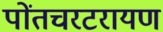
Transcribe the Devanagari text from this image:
पोंतचरटरायण